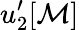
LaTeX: u_{2}^{\prime}[\mathcal{M}]